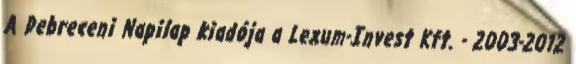
A Debreceni Napilap kiadója a Lexum-Invest Kft. - 2003-2012